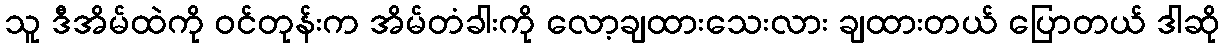
သူ ဒီအိမ်ထဲကို ဝင်တုန်းက အိမ်တံခါးကို လော့ချထားသေးလား ချထားတယ် ပြောတယ် ဒါဆို